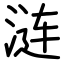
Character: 涟